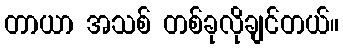
တာယာ အသစ် တစ်ခုလိုချင်တယ်။